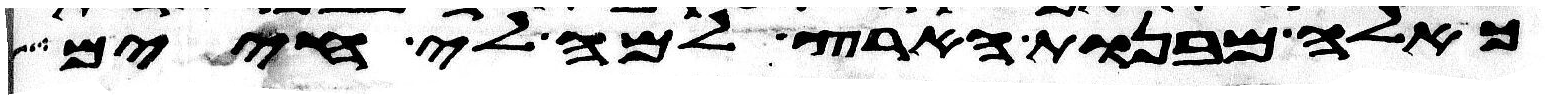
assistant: כאלה מבנות הארץ למה לי חיים